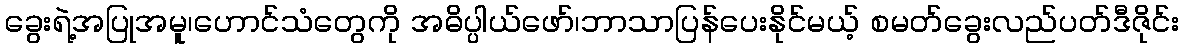
ခွေးရဲ့အပြုအမူ၊ဟောင်သံတွေကို အဓိပ္ပါယ်ဖော်၊ဘာသာပြန်ပေးနိုင်မယ့် စမတ်ခွေးလည်ပတ်ဒီဇိုင်း